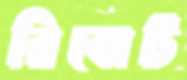
রিবোট